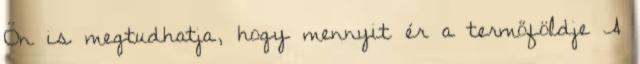
Ön is megtudhatja, hogy mennyit ér a termőföldje A